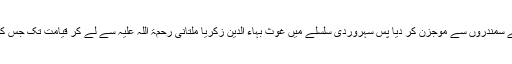
اُس کے بعد دوبارہ دستِ اقدس رکھا تو سینہ معرفت کے سمندروں سے موجزن کر دیا پس سہروردی سلسلے میں غوث بہاء الدین زکریا ملتانی رحمۃ اللہ علیہ سے لے کر قیامت تک جس کو حضرت شیخ سہرورد رحمۃ اللہ علیہ کا فیض ملے گا۔